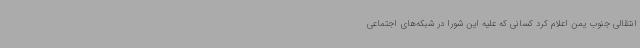
انتقالی جنوب یمن اعلام کرد کسانی که علیه این شورا در شبکه‌های اجتماعی